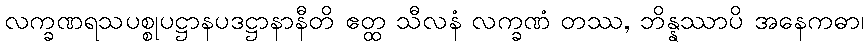
လက္ခဏရသပစ္စုပဋ္ဌာနပဒဋ္ဌာနာနီတိ ဧတ္ထ သီလနံ လက္ခဏံ တဿ, ဘိန္နဿာပိ အနေကဓာ၊